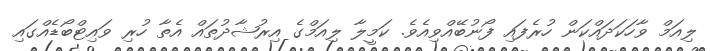
ލިއަމް ވާހަކަދައްކަން ހުރެފައި ފޯނުބޭއްވިއެވެ. ކަމީލާ ލިއަމްގެ އިރުޝާދުތައް އެތާ ހުރި ވައިޓްބޯޑެއްގައި